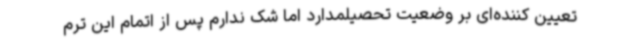
تعیین کننده‌ای بر وضعیت تحصیلمدارد اما شک ندارم پس از اتمام این ترم